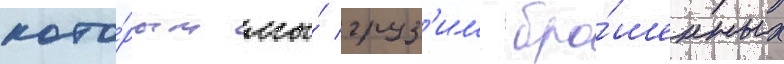
кото́рым мы́ груз'им бро́шенных